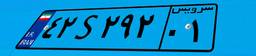
۴۲S۲۹۲۰۱